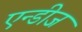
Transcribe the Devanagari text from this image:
एन्डीज